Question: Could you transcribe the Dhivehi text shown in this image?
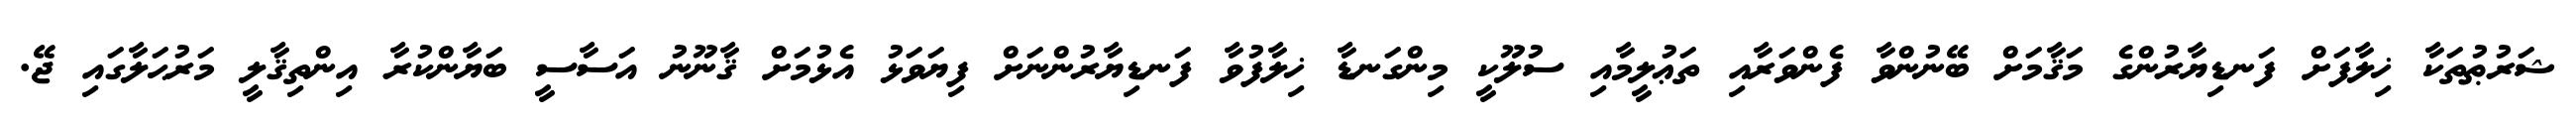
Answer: ޝަރުޠުތަކާ ޚިލާފަށް ފަނޑިޔާރުންގެ މަޤާމަށް ބޭނުންވާ ފެންވަރާއި ތަޢުލީމާއި ސުލޫކީ މިންގަނޑާ ޚިލާފުވާ ފަނޑިޔާރުންނަށް ފިޔަވަޅު އެޅުމަށް ޤާނޫނު އަސާސީ ބަޔާންކުރާ އިންތިޤާލީ މަރުޙަލާގައި ޖޭ.